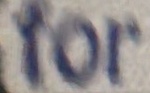
for